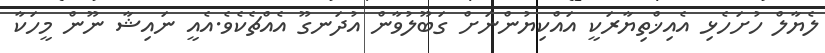
ލެޔާލް ހުށަހެޅި އެއިޚްތިޔާރަކީ އައްކިޔުންނަށް ގަބޫލުވާން އުދަނގޫ އެއްޗެކެވެ.އެއީ ނައިޝާ ނޫން މީހަކާ